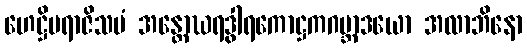
ဟေဋ္ဌိမရာဇိသမံ အန္တောဃရဒွါရကောဋ္ဌကဂဗ္ဘာဒယော အလာဘိနော